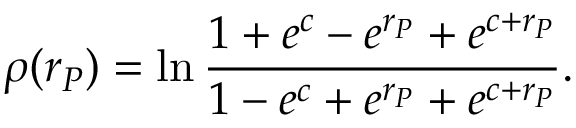
\rho ( r _ { P } ) = \ln \frac { 1 + e ^ { c } - e ^ { r _ { P } } + e ^ { c + r _ { P } } } { 1 - e ^ { c } + e ^ { r _ { P } } + e ^ { c + r _ { P } } } .